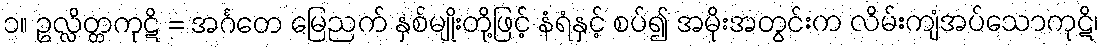
၁။ ဥလ္လိတ္တကုဋိ = အင်္ဂတေ မြေညက် နှစ်မျိုးတို့ဖြင့် နံရံနှင့် စပ်၍ အမိုးအတွင်းက လိမ်းကျံအပ်သောကုဋိ၊